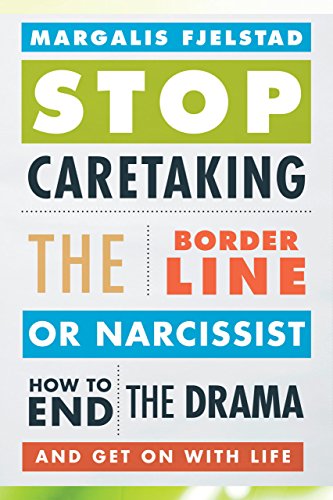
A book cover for Stop Caretaking the Borderline or Narcissist: How to End the Drama and Get On with Life; Margalis Fjelstad; Self-Help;